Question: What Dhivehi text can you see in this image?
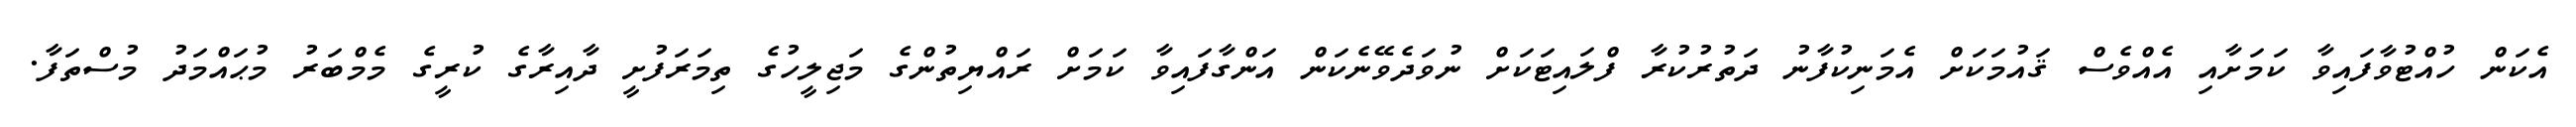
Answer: އެކަން ހުއްޓުވާފައިވާ ކަމަށާއި އެއްވެސް ޤައުމަކަށް އެމަނިކުފާނު ދަތުރުކުރާ ފްލައިޓަކަށް ނުވަދެވޭނެކަން އަންގާފައިވާ ކަމަށް ރައްޔިތުންގެ މަޖިލީހުގެ ތިމަރަފުށީ ދާއިރާގެ ކުރީގެ މެމްބަރު މުޙައްމަދު މުސްތަފާ.